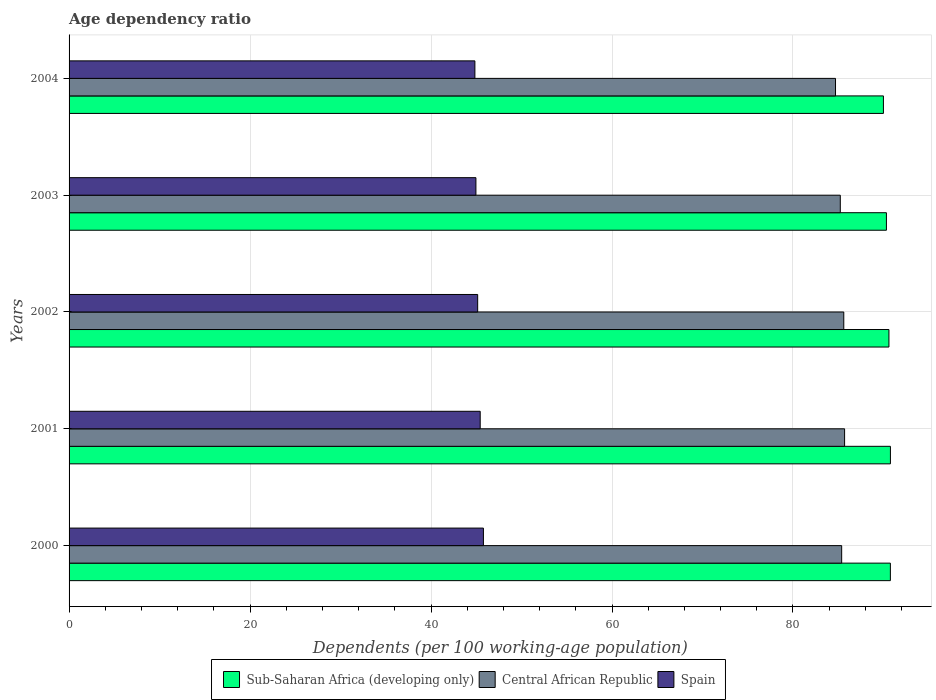
| Years | Sub-Saharan Africa (developing only) | Central African Republic | Spain |
 | --- | --- | --- | --- |
 | 2000 | 90.8 | 85.4 | 45.8 |
 | 2001 | 90.8 | 85.7 | 45.4 |
 | 2002 | 90.6 | 85.6 | 45.2 |
 | 2003 | 90.3 | 85.2 | 45 |
 | 2004 | 90 | 84.7 | 44.8 |